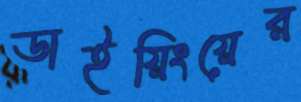
ডাইয়িংয়ের